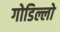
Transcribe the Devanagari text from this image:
गोडिल्लो